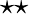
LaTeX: \star\star